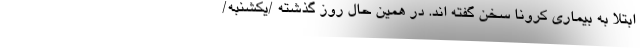
ابتلا به بیماری کرونا سخن گفته اند. در همین حال روز گذشته /یکشنبه/